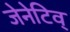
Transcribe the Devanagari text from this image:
जेनेटिव्